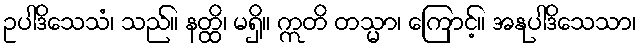
ဥပါဒိသေသံ၊ သည်။ နတ္ထိ၊ မရှိ။ ဣတိ တသ္မာ၊ ကြောင့်။ အနုပါဒိသေသာ၊